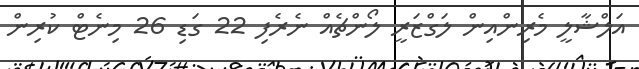
އަލްޝާލީ މެރިންއިން ލަގްޒަރީ ލޯންޗެއް ނެރެފި 22 ގަޑި 26 މިނެޓް ކުރިން